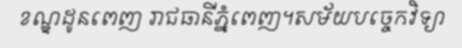
ខណ្ឌដូនពេញ រាជធានីភ្នំពេញ។សម័យបច្ចេកវិទ្យា